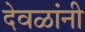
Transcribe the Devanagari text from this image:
देवळांनी